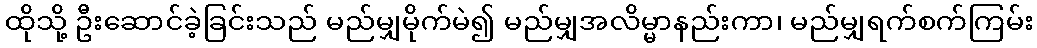
ထိုသို့ ဦးဆောင်ခဲ့ခြင်းသည် မည်မျှမိုက်မဲ၍ မည်မျှအလိမ္မာနည်းကာ၊ မည်မျှရက်စက်ကြမ်း